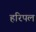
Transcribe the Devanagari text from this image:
हरिपल